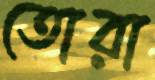
তোরা